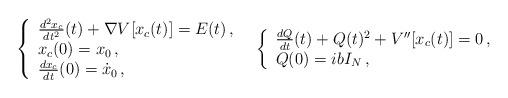
LaTeX: \begin{align*}\begin{array}{ll}\left\lbrace \begin{array}{l}\frac{d^2 x_c}{dt^2}(t)+ \nabla V[x_c(t)]=E(t)\,, \\x_c(0)=x_0\,, \\\frac{dx_c}{dt}(0)=\dot{x}_0\,,\end{array}\right.&\left\lbrace \begin{array}{l}\frac{dQ}{dt}(t) + Q(t)^2 + V''[x_c(t)]=0\,, \\Q(0)=ib I_N\,,\end{array}\right.\end{array}\end{align*}